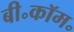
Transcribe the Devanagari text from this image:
बी॰कॉम॰